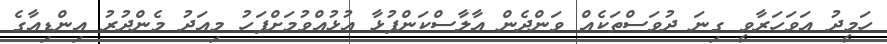
ހަމީދު އަވަހަރާވީ ގިނަ ދުވަސްތަކެއް ވަންދެން އާލާސްކަންފުޅާ އުޅުއްވުމަށްފަހު މިއަދު މެންދުރު އިންޑިއާގެ